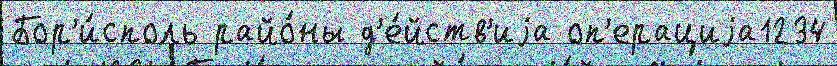
Бор'и́споль райо́ны д'е́йств'иjа оп'ерациjа1234